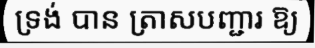
ទ្រង់ បាន ត្រាសបញ្ជារ ឱ្យ